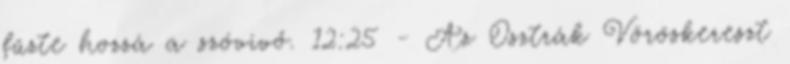
fűzte hozzá a szóvivő. 12:25 - Az Osztrák Vöröskereszt